Report on vaccination North-West Frontier Province 1904-1922 - 1904-1922
Year: 1904
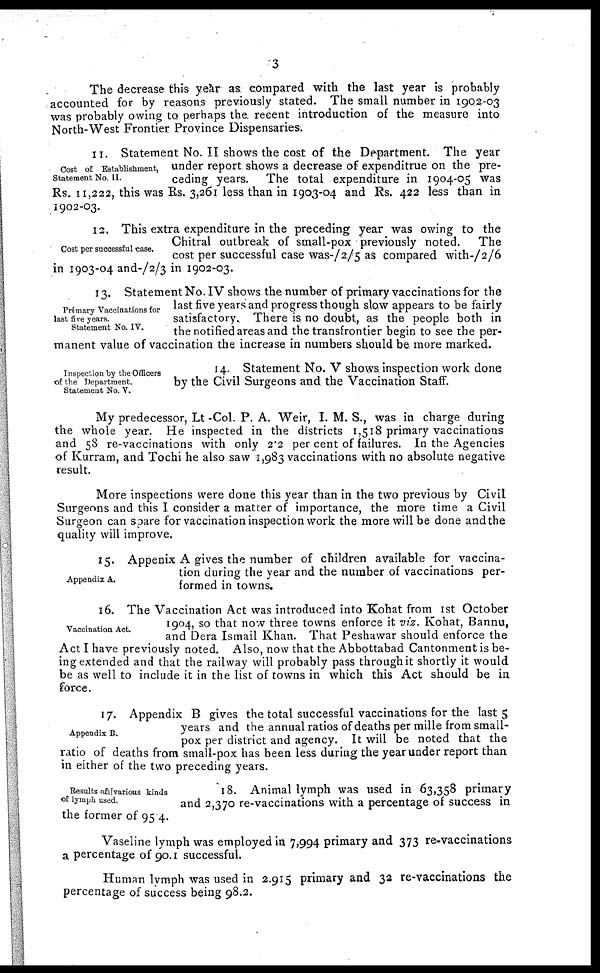
3
The decrease this year as compared with the last year is probably
accounted for by reasons previously stated. The small number in 1902-03
was probably owing to perhaps the. recent introduction of the measure into
North-West Frontier Province Dispensaries.
Cost of Establishment,
Statement No. II.
11. Statement No. II shows the cost of the Department. The year
under report shows a decrease of expenditrue on the pre-
ceding years. The total expenditure in 1904-05 was
Rs. 11,222, this was Rs. 3,261 less than in 1903-04 and Rs. 422 less than in
1902-03.
Cost per successful case.
12. This extra expenditure in the preceding year was owing to the
Chitral outbreak of small-pox previously noted.
The
cost per successful case was-/2/5 as compared with-/2/6
in 1903-04 and-/2/3 in 1902-03.
Primary Vaccinations for
last five years.
Statement No. IV.
13. Statement No. IV shows the number of primary vaccinations for the
last five years and progress though slow appears to be fairly
satisfactory. There is no doubt, as the people both in
the notified areas and the transfrontier begin to see the per-
manent value of vaccination the increase in numbers should be more marked.
Inspection by the Officers
of the Department.
Statement No. V.
14. Statement No. V shows inspection work done
by the Civil Surgeons and the Vaccination Staff.
My predecessor, Lt -Col. P. A. Weir, I. M. S., was in charge during
the whole year. He inspected in the districts 1,518 primary vaccinations
and 58 re-vaccinations with only 2.2 per cent of failures. In the Agencies
of Kurram, and Tochi he also saw 1,983 vaccinations with no absolute negative
result.
More inspections were done this year than in the two previous by Civil
Surgeons and this I consider a matter of importance, the more time a Civil
Surgeon can spare for vaccination inspection work the more will be done and the
quality will improve.
Appendix A.
15. Appenix A gives the number of children available for vaccina-
tion during the year and the number of vaccinations per-
formed in towns.
Vaccination Act.
16. The Vaccination Act was introduced into Kohat from 1st October
1904, so that now three towns enforce it viz. Kohat, Bannu,
and Dera Ismail Khan. That Peshawar should enforce the
Act I have previously noted. Also, now that the Abbottabad Cantonment is be-
ing extended and that the railway will probably pass through it shortly it would
be as well to include it in the list of towns in which this Act should be in
force.
Appendix B.
17. Appendix B gives the total successful vaccinations for the last 5
years and the annual ratios of deaths per mille from small-
pox per district and agency. It will be noted that the
ratio of deaths from small-pox has been less during the year under report than
in either of the two preceding years.
Results of various kinds
of lymph used.
18. Animal lymph was used in 63,358 primary
and 2,370 re-vaccinations with a percentage of success in
the former of 95.4.
Vaseline lymph was employed in 7,994 primary and 373 re-vaccinations
a percentage of 90.1 successful.
Human lymph was used in 2.915 primary and 32 re-vaccinations the
percentage of success being 98.2.